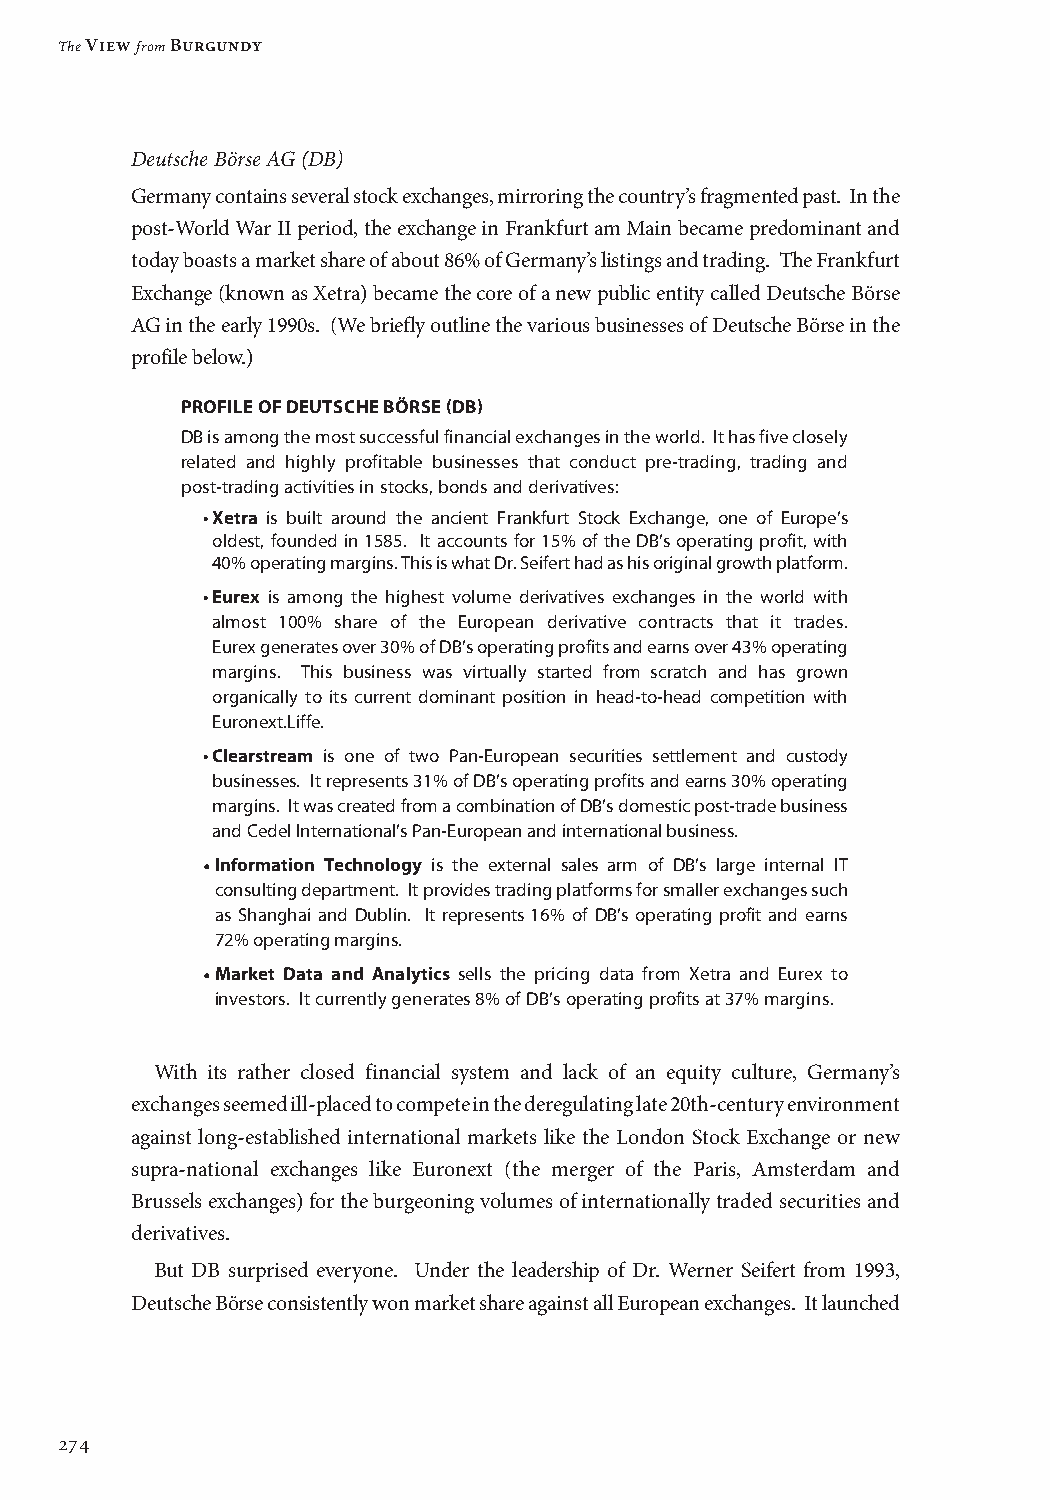
The View from Burgundy
 Deutsche Börse AG (DB)
 Germany contains several stock exchanges, mirroring the country’s fragmented past. In the
 post-World War II period, the exchange in Frankfurt am Main became predominant and
 today boasts a market share of about 86% of Germany’s listings and trading. The Frankfurt
 Exchange (known as Xetra) became the core of a new public entity called Deutsche Börse
 AG in the early 1990s. (We briefly outline the various businesses of Deutsche Börse in the
 profile below.)
 PROFILE OF DEUTSCHE BÖRSE (DB)
 DB is among the most successful financial exchanges in the world. It has five closely
 related and highly profitable businesses that conduct pre-trading, trading and
 post-trading activities in stocks, bonds and derivatives:
 • Xetra is built around the ancient Frankfurt Stock Exchange, one of Europe’s
 oldest, founded in 1585. It accounts for 15% of the DB’s operating profit, with
 40% operating margins. This is what Dr. Seifert had as his original growth platform.
 • Eurex is among the highest volume derivatives exchanges in the world with
 almost 100% share of the European derivative contracts that it trades.
 Eurex generates over 30% of DB’s operating profits and earns over 43% operating
 margins. This business was virtually started from scratch and has grown
 organically to its current dominant position in head-to-head competition with
 Euronext.Liffe.
 • Clearstream is one of two Pan-European securities settlement and custody
 businesses. It represents 31% of DB’s operating profits and earns 30% operating
 margins. It was created from a combination of DB’s domestic post-trade business
 and Cedel International’s Pan-European and international business.
 • Information Technology is the external sales arm of DB’s large internal IT
 consulting department. It provides trading platforms for smaller exchanges such
 as Shanghai and Dublin. It represents 16% of DB’s operating profit and earns
 72% operating margins.
 • M arket Data and Analytics sells the pricing data from Xetra and Eurex to
 investors. It currently generates 8% of DB’s operating profits at 37% margins.
 With its rather closed financial system and lack of an equity culture, Germany’s
 exchanges seemed ill-placed to compete in the deregulating late 20th-century environment
 against long-established international markets like the London Stock Exchange or new
 supra-national exchanges like Euronext (the merger of the Paris, Amsterdam and
 Brussels exchanges) for the burgeoning volumes of internationally traded securities and
 derivatives.
 But DB surprised everyone. Under the leadership of Dr. Werner Seifert from 1993,
 Deutsche Börse consistently won market share against all European exchanges. It launched
 274